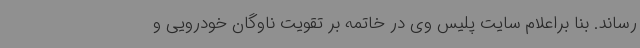
رساند. بنا براعلام سایت پلیس وی در خاتمه بر تقویت ناوگان خودرویی و